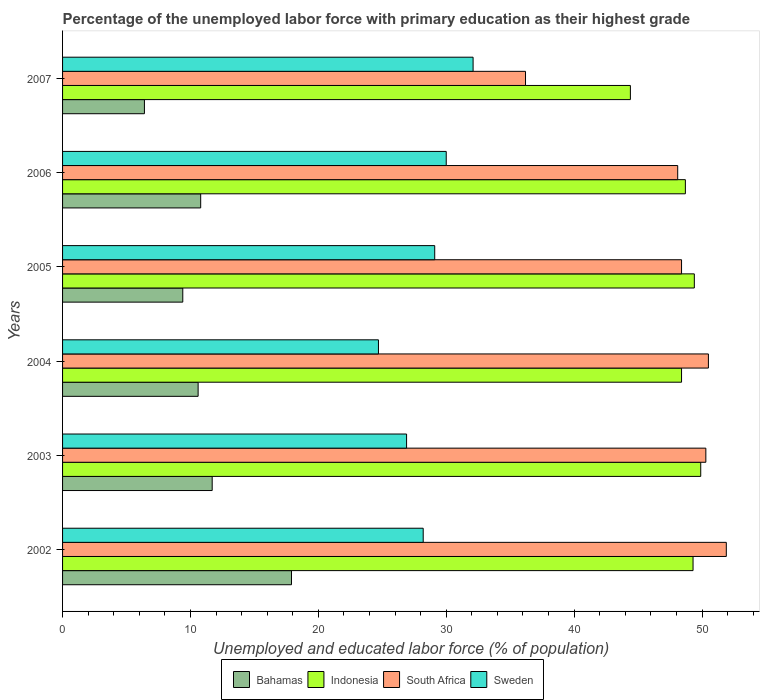
| Years | Bahamas | Indonesia | South Africa | Sweden |
 | --- | --- | --- | --- | --- |
 | 2002 | 17.9 | 49.3 | 51.9 | 28.2 |
 | 2003 | 11.7 | 49.9 | 50.3 | 26.9 |
 | 2004 | 10.6 | 48.4 | 50.5 | 24.7 |
 | 2005 | 9.4 | 49.4 | 48.4 | 29.1 |
 | 2006 | 10.8 | 48.7 | 48.1 | 30 |
 | 2007 | 6.4 | 44.4 | 36.2 | 32.1 |